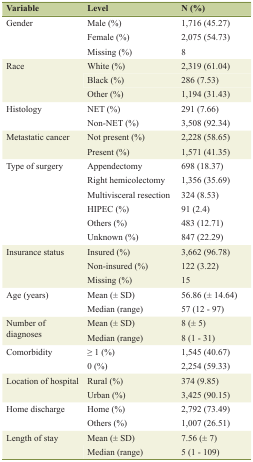
| Variable | Level | N (%) |
 | --- | --- | --- |
 | <ROWSPAN=3> Gender | Male (%) | 1,716 (45.27) |
 | Female (%) | 2,075 (54.73) |
 | Missing (%) | 8 |
 | <ROWSPAN=3> Race | White (%) | 2,319 (61.04) |
 | Black (%) | 286 (7.53) |
 | Other (%) | 1,194 (31.43) |
 | <ROWSPAN=2> Histology | NET (%) | 291 (7.66) |
 | Non-NET (%) | 3,508 (92.34) |
 | <ROWSPAN=2> Metastatic cancer | Not present (%) | 2,228 (58.65) |
 | Present (%) | 1,571 (41.35) |
 | <ROWSPAN=6> Type of surgery | Appendectomy | 698 (18.37) |
 | Right hemicolectomy | 1,356 (35.69) |
 | Multivisceral resection | 324 (8.53) |
 | HIPEC (%) | 91 (2.4) |
 | Others (%) | 483 (12.71) |
 | Unknown (%) | 847 (22.29) |
 | <ROWSPAN=3> Insurance status | Insured (%) | 3,662 (96.78) |
 | Non-insured (%) | 122 (3.22) |
 | Missing (%) | 15 |
 | <ROWSPAN=2> Age (years) | Mean (± SD) | 56.86 (± 14.64) |
 | Median (range) | 57 (12 - 97) |
 | <ROWSPAN=2> Number of diagnoses | Mean (± SD) | 8 (± 5) |
 | Median (range) | 8 (1 - 31) |
 | <ROWSPAN=2> Comorbidity | ≥ 1 (%) | 1,545 (40.67) |
 | 0 (%) | 2,254 (59.33) |
 | <ROWSPAN=2> Location of hospital | Rural (%) | 374 (9.85) |
 | Urban (%) | 3,425 (90.15) |
 | <ROWSPAN=2> Home discharge | Home (%) | 2,792 (73.49) |
 | Others (%) | 1,007 (26.51) |
 | <ROWSPAN=2> Length of stay | Mean (± SD) | 7.56 (± 7) |
 | Median (range) | 5 (1 - 109) |